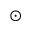
\odot